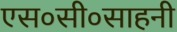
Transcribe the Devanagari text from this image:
एस०सी०साहनी